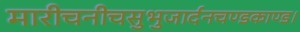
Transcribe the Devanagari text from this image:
मारीचनीचसुभुजार्दनचण्डकाण्ड।